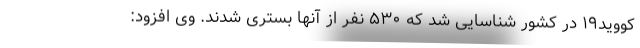
کووید۱۹ در کشور شناسایی شد که ۵۳۰ نفر از آنها بستری شدند. وی افزود: